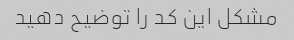
مشکل این کد را توضیح دهید